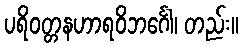
ပရိဝတ္တနဟာရဝိဘင်္ဂေါ၊ တည်း။